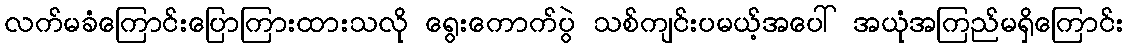
လက်မခံကြောင်းပြောကြားထားသလို ရွေးကောက်ပွဲ သစ်ကျင်းပမယ့်အပေါ် အယုံအကြည်မရှိကြောင်း